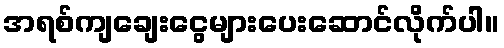
အရစ်ကျချေးငွေများပေးဆောင်လိုက်ပါ။